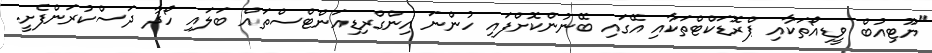
"ޔޫޓިއުބް ވީޑިއޯތަކާއި ޕްރޮޑަކްޓްތަކާއި އޭގައި ބޭނުންކޮށްފައި ހުންނަ އިންގްރިޑިއަންޓްސްތައް ބަލައި ހޯދާ ދަސްކުރަންފެށީ.